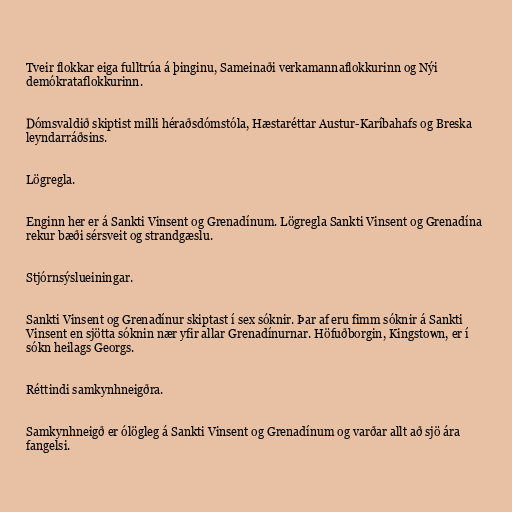
Tveir flokkar eiga fulltrúa á þinginu, Sameinaði verkamannaflokkurinn og Nýi
demókrataflokkurinn.

Dómsvaldið skiptist milli héraðsdómstóla, Hæstaréttar Austur-Karíbahafs og Breska
leyndarráðsins.

Lögregla.

Enginn her er á Sankti Vinsent og Grenadínum. Lögregla Sankti Vinsent og Grenadína
rekur bæði sérsveit og strandgæslu.

Stjórnsýslueiningar.

Sankti Vinsent og Grenadínur skiptast í sex sóknir. Þar af eru fimm sóknir á Sankti
Vinsent en sjötta sóknin nær yfir allar Grenadínurnar. Höfuðborgin, Kingstown, er í
sókn heilags Georgs.

Réttindi samkynhneigðra.

Samkynhneigð er ólögleg á Sankti Vinsent og Grenadínum og varðar allt að sjö ára
fangelsi.